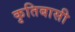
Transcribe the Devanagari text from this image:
कृतिबासी